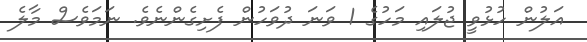
އަލުން ހުޅުވީ ޖުލައި މަހުގެ 1 ވަނަ ދުވަހުން ފެށިގެންނެވެ. ނަމަވެސް މާލެ